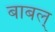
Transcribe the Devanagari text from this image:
बाबल्